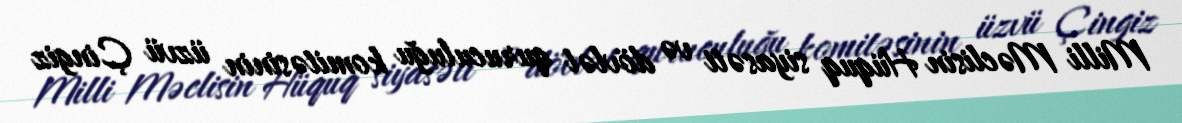
Milli Məclisin Hüquq siyasəti və dövlət quruculuğu komitəsinin üzvü Çingiz